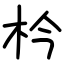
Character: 枔